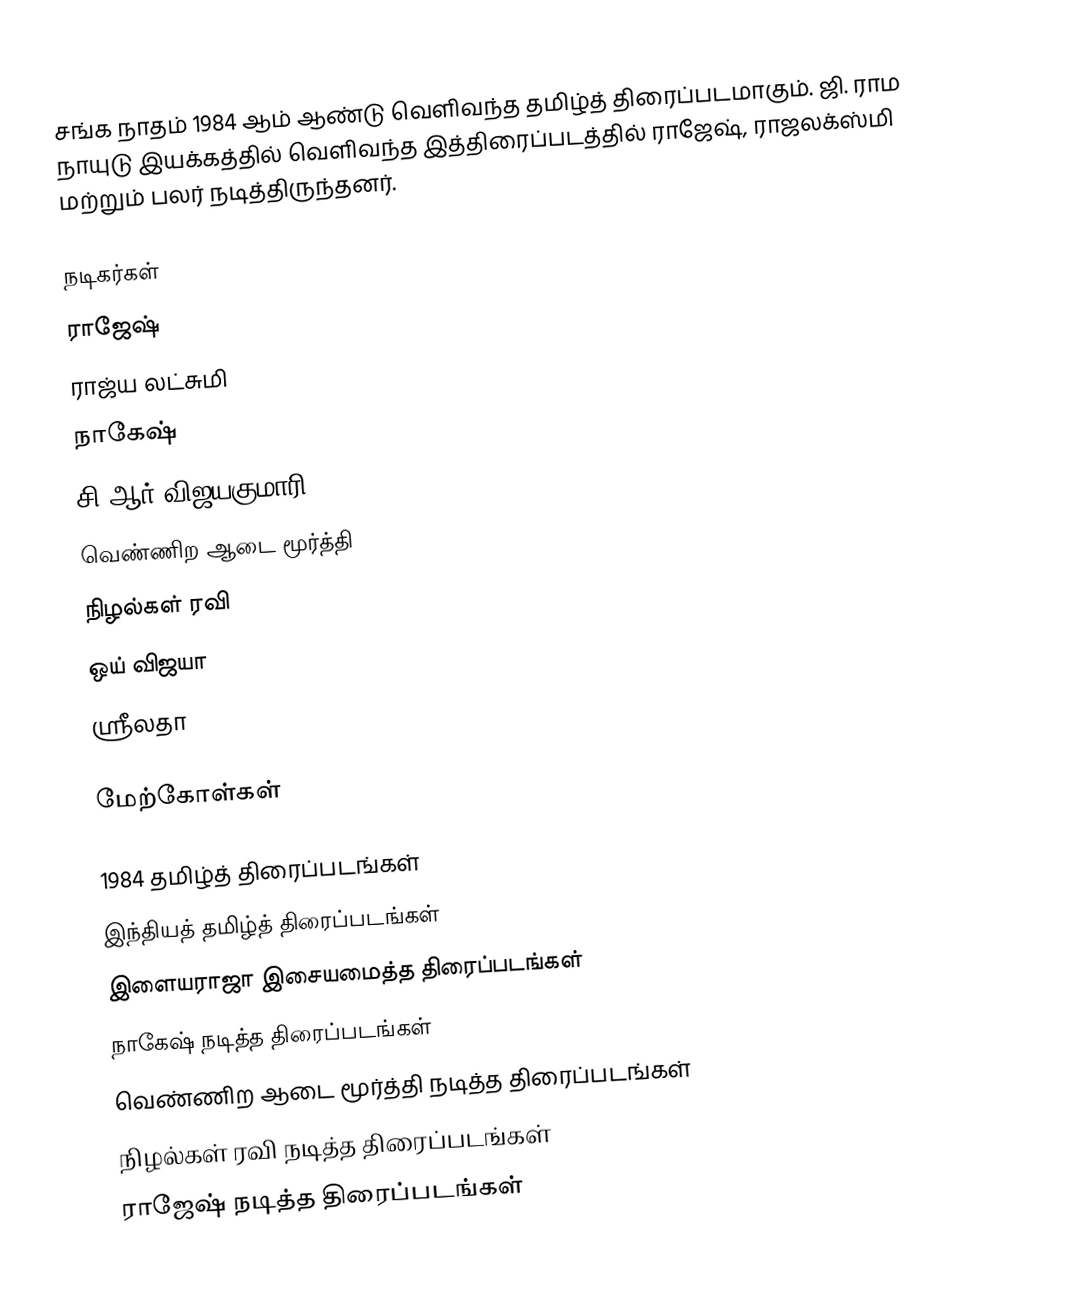
சங்க நாதம் 1984 ஆம் ஆண்டு வெளிவந்த தமிழ்த் திரைப்படமாகும். ஜி. ராம நாயுடு இயக்கத்தில் வெளிவந்த இத்திரைப்படத்தில் ராஜேஷ், ராஜலக்ஸ்மி மற்றும் பலர் நடித்திருந்தனர்.

நடிகர்கள்
 ராஜேஷ்
 ராஜ்ய லட்சுமி
 நாகேஷ்
 சி.ஆர் விஜயகுமாரி
 வெண்ணிற ஆடை மூர்த்தி
 நிழல்கள் ரவி
 ஒய் விஜயா
 ஸ்ரீலதா

மேற்கோள்கள்

1984 தமிழ்த் திரைப்படங்கள்
இந்தியத் தமிழ்த் திரைப்படங்கள்
இளையராஜா இசையமைத்த திரைப்படங்கள்
நாகேஷ் நடித்த திரைப்படங்கள்
வெண்ணிற ஆடை மூர்த்தி நடித்த திரைப்படங்கள்
நிழல்கள் ரவி நடித்த திரைப்படங்கள்
ராஜேஷ் நடித்த திரைப்படங்கள்